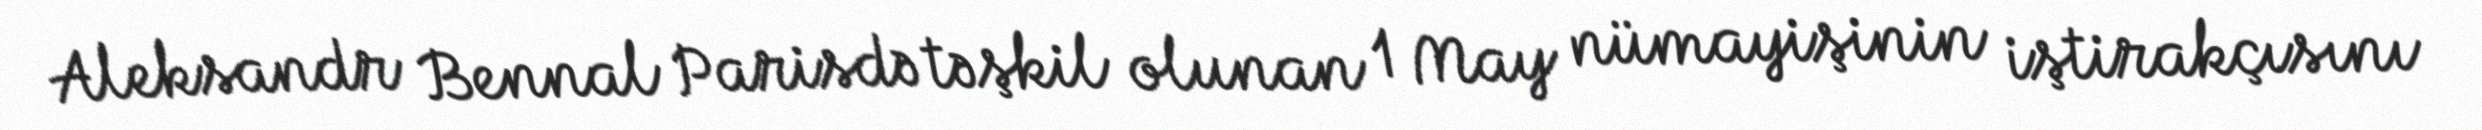
Aleksandr Bennal Parisdə təşkil olunan 1 May nümayişinin iştirakçısını